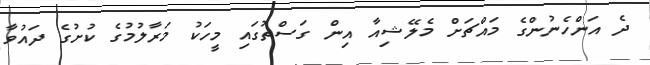
ދެ އަންހެނުންގެ މައްޗަށް މެލޭޝިއާ އިން ގަސްތުގައި މީހަކު މަރާލުމުގެ ކުށުގެ ދައުވާ